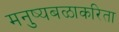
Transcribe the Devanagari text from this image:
मनुष्यबळाकरिता